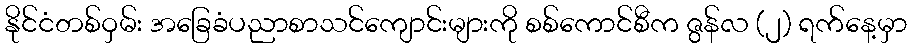
နိုင်ငံတစ်ဝှမ်း အခြေခံပညာစာသင်ကျောင်းများကို စစ်ကောင်စီက ဇွန်လ (၂) ရက်နေ့မှာ